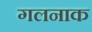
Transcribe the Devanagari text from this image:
गलनाक